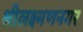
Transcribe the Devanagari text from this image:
श्रीलक्ष्मणनगर